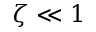
\zeta \ll 1